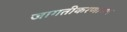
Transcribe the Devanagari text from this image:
जागतीकरणाच्या